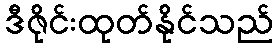
ဒီဇိုင်းထုတ်နိုင်သည်